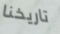
تاريخنا